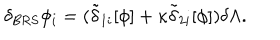
\delta _ { \mathrm { B R S } } \phi _ { i } = ( \tilde { \delta } _ { 1 i } [ \phi ] + \kappa \tilde { \delta } _ { 2 i } [ \phi ] ) \delta \Lambda .